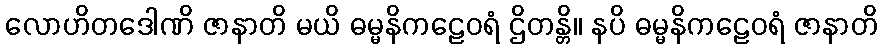
လောဟိတဒေါဏိ ဇာနာတိ မယိ ဓမ္မနိကဠေဝရံ ဌိတန္တိ။ နပိ ဓမ္မနိကဠေဝရံ ဇာနာတိ